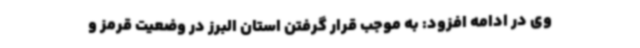
وی در ادامه افزود: به موجب قرار گرفتن استان البرز در وضعیت قرمز و